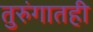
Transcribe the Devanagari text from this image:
तुरुंगातही